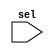
module case_compare (
  sel
);

input sel;

always @(sel)
  case (sel)
    1'b0: $display("Normal: Logic 0 on sel");
    1'b1: $display("Normal: Logic 1 on sel");
    1'bx: $display("Normal: Logic x on sel");
    1'bz: $display("Normal: Logic z on sel");
  endcase

always @(sel)
  casex (sel)
    1'b0: $display("CASEX: Logic 0 on sel");
    1'b1: $display("CASEX: Logic 1 on sel");
    1'bx: $display("CASEX: Logic x on sel");
    1'bz: $display("CASEX: Logic z on sel");
  endcase

always @(sel)
  casez (sel)
    1'b0: $display("CASEZ: Logic 0 on sel");
    1'b1: $display("CASEZ: Logic 1 on sel");
    1'bx: $display("CASEZ: Logic x on sel");
    1'bz: $display("CASEZ: Logic z on sel");
  endcase

endmodule //case_compare